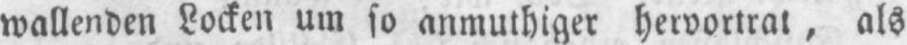
wallenden Locken um so anmuthiger hervortrat, als